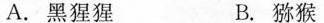
A.黑猩猩 B.猕猴